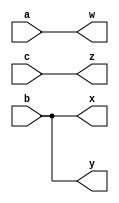
/*
 * Take a careful look at the picture where the connectios are and do the assignments. Ports with the same direction and the same size can be collected together
 * and seperated with a comma.
 */
 
 module top_module ( 
    input a,b,c,
    output w,x,y,z );
	
    assign w = a;
    assign x = b;
    assign y = b;
    assign z = c;
endmodule